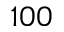
1 0 0